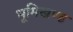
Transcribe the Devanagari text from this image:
भूमिखण्ड